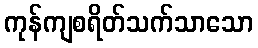
ကုန်ကျစရိတ်သက်သာသော